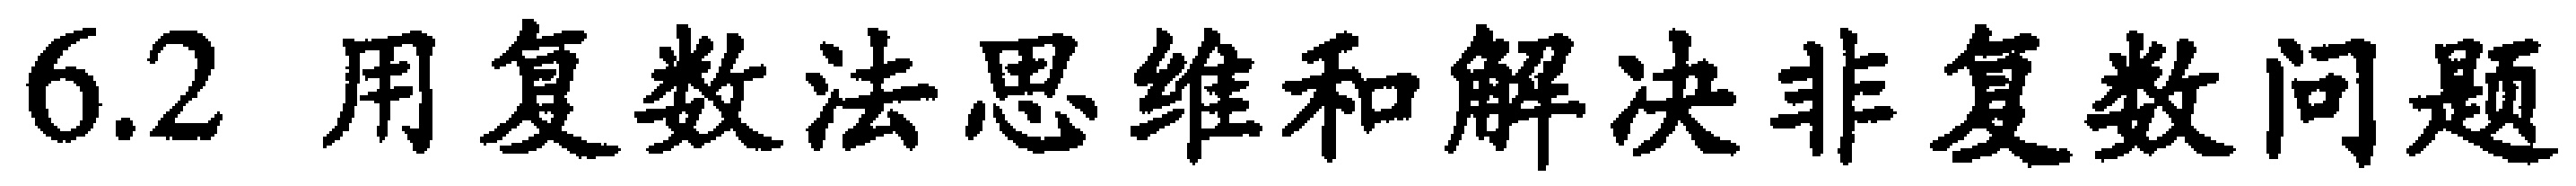
6.2 用复数法思维和解决非复数问题